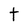
Character: t